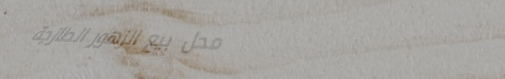
محل بيع الزهور الطازجة